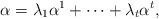
LaTeX: \begin{align*} \alpha = \lambda_1 \alpha^1 + \cdots + \lambda_t \alpha^t,\end{align*}